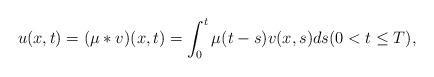
LaTeX: \begin{align*}u(x,t) = (\mu*v)(x,t) = \int_{0}^{t}\mu(t-s)v(x,s)ds(0<t\leq T),\end{align*}